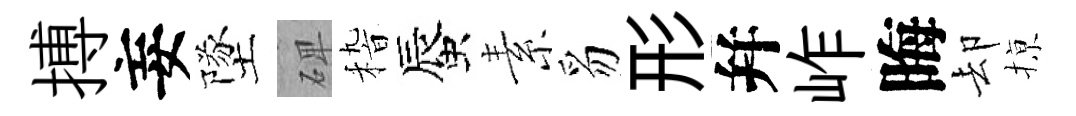
搏妄墜𥓓𥟵蜃素豸形幷岞晦却𢱊